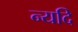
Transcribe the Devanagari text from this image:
न्यदि